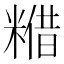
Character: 𮇴